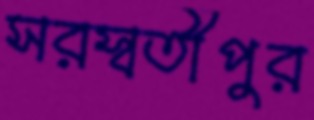
সরস্বতীপুর